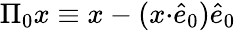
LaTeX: \begin{array}{r}{\Pi_{0}x\equiv{x-(x{\cdot}\hat{e}_{0})\hat{e}_{0}}}\end{array}